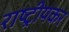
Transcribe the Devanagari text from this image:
राष्ट्रीयकर